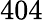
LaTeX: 404